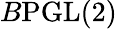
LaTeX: B{\mathrm{PGL}}(2)